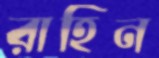
রাহিন